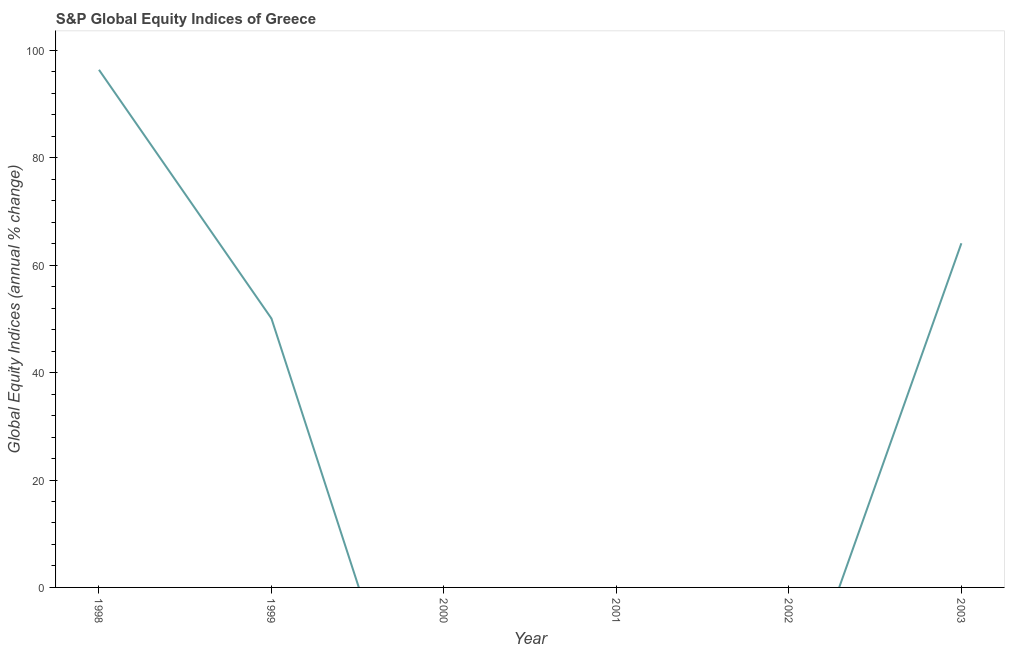
| Year | S&P Global Equity Indices |
 | --- | --- |
 | 1998 | 96.4 |
 | 1999 | 50.1 |
 | 2000 | -48.8 |
 | 2001 | -32.5 |
 | 2002 | -26.4 |
 | 2003 | 64.1 |